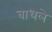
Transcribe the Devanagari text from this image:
बाधले